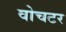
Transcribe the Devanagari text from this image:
वोचटर